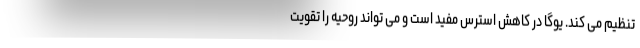
تنظیم می کند. یوگا در کاهش استرس مفید است و می تواند روحیه را تقویت